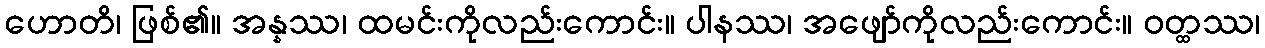
ဟောတိ၊ ဖြစ်၏။ အန္နဿ၊ ထမင်းကိုလည်းကောင်း။ ပါနဿ၊ အဖျော်ကိုလည်းကောင်း။ ဝတ္ထဿ၊